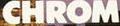
CHROM